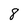
Character: 8